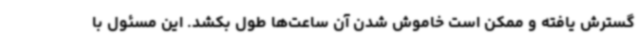
گسترش یافته و ممکن است خاموش شدن آن ساعت‌ها طول بکشد. این مسئول با